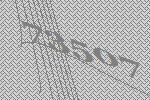
73507